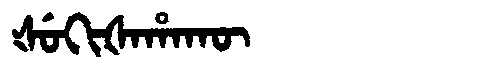
Manchu: ᡧᡠᡴᡳᡧᠠᡥᠠᡴᡡ
Romanization: ŠUKIŠAHAKŪ